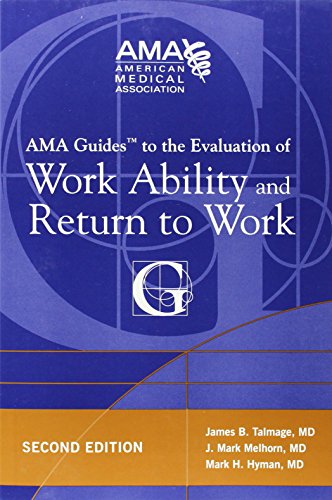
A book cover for AMA Guides to the Evaluation of Work Ability and Return to Work; James B. Talmage; Medical Books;